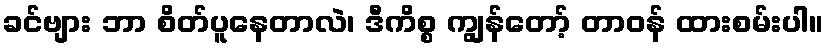
ခင်ဗျား ဘာ စိတ်ပူနေတာလဲ၊ ဒီကိစ္စ ကျွန်တော့် တာဝန် ထားစမ်းပါ။